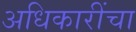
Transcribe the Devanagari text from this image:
अधिकारींचा